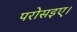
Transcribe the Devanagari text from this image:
परोसइए।